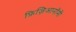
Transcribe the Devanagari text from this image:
फ़िज़िआनॉमी